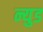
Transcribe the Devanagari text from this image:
न्युड